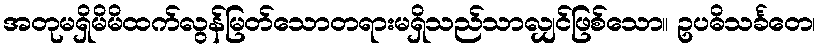
အတုမရှိမိမိထက်လွန်မြတ်သောတရားမရှိသည်သာလျှင်ဖြစ်သော။ ဥပဓိသင်္ခတေ၊